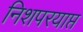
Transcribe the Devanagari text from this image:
निशपरयाप्त